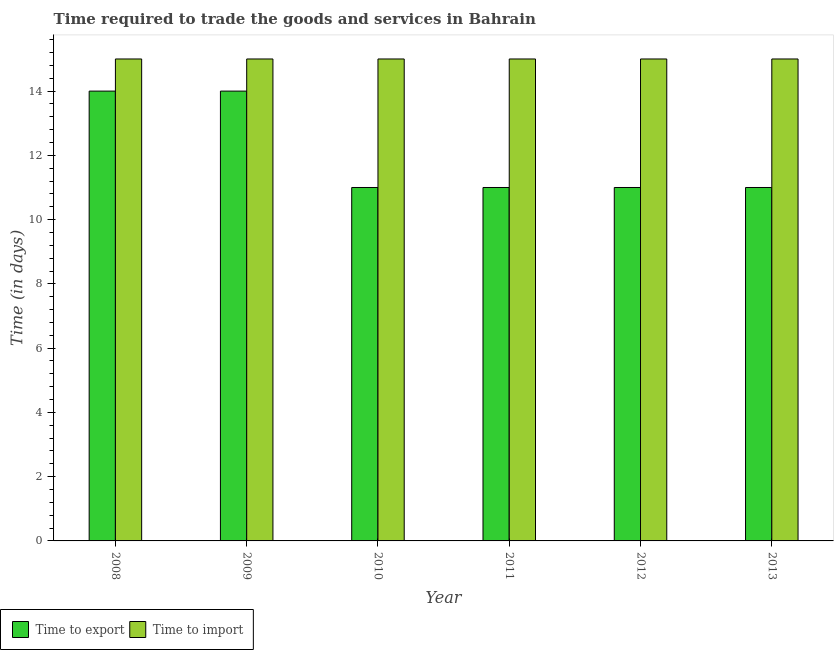
| Year | Time to export | Time to import |
 | --- | --- | --- |
 | 2008 | 14 | 15 |
 | 2009 | 14 | 15 |
 | 2010 | 11 | 15 |
 | 2011 | 11 | 15 |
 | 2012 | 11 | 15 |
 | 2013 | 11 | 15 |